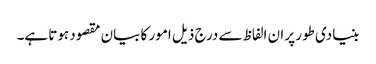
بنیادی طور پر ان الفاظ سے درج ذیل امور کا بیان مقصود ہوتا ہے۔